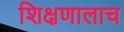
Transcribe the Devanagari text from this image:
शिक्षणालाच